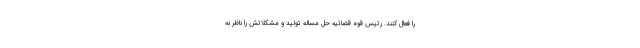
را فعال کنند. رئیس قوه قضائیه حل مساله تولید و مشکلاتش را ناظر به